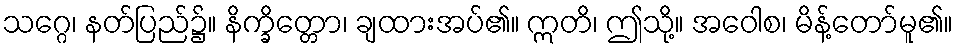
သဂ္ဂေ၊ နတ်ပြည်၌။ နိက္ခိတ္တော၊ ချထားအပ်၏။ ဣတိ၊ ဤသို့။ အဝေါစ၊ မိန့်တော်မူ၏။